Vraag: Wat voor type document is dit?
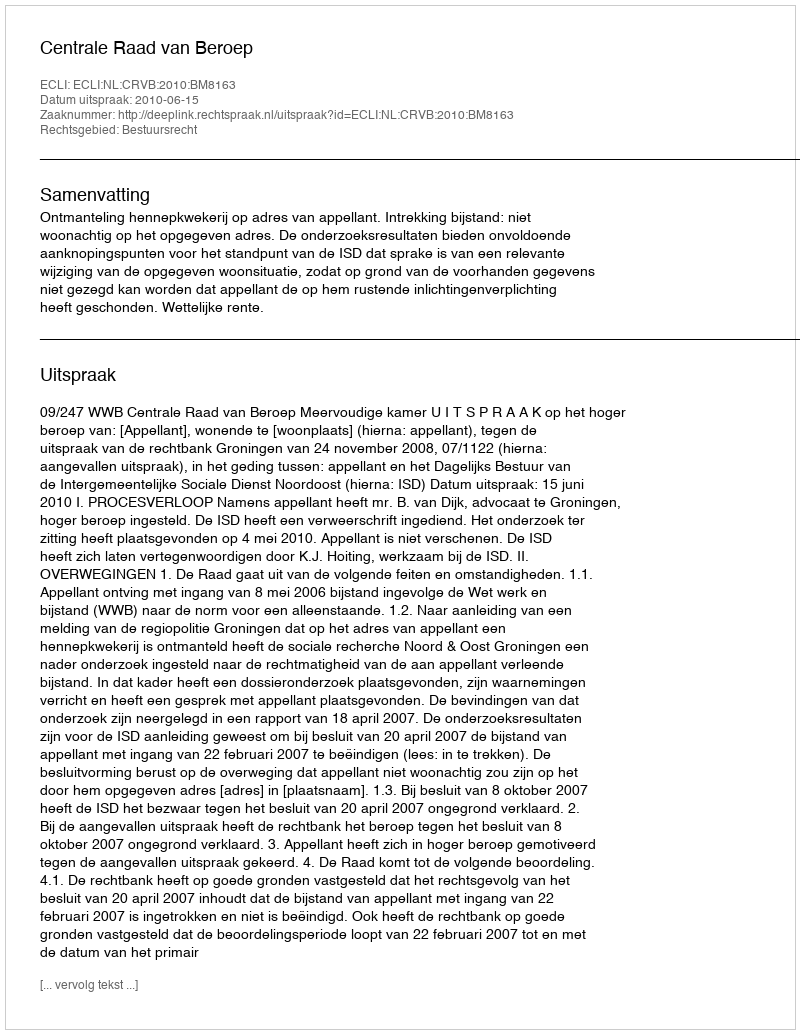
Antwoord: Uitspraak